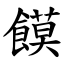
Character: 饃